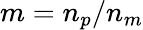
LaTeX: m=n_{p}/n_{m}